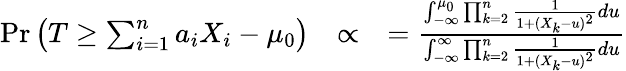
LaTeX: \begin{array}{rlr}{\mathrm{Pr}\left(T\geq\sum_{i=1}^{n}a_{i}X_{i}-\mu_{0}\right)}&{\propto}&{=\frac{\int_{-\infty}^{\mu_{0}}\prod_{k=2}^{n}\frac{1}{1+(X_{k}-u)^{2}}du}{\int_{-\infty}^{\infty}\prod_{k=2}^{n}\frac{1}{1+(X_{k}-u)^{2}}du}}\end{array}